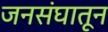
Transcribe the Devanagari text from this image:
जनसंघातून